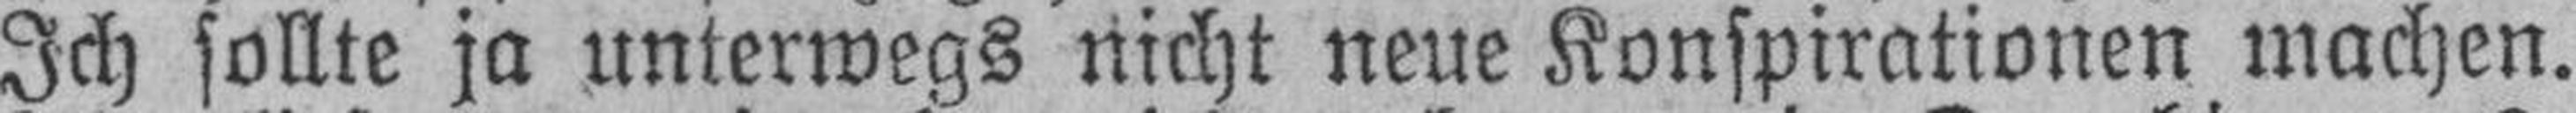
Ich sollte ja unterwegs nicht neue Konspirationen machen.